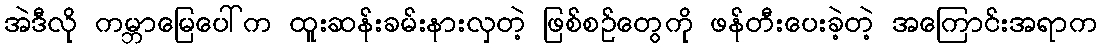
အဲဒီလို ကမ္ဘာမြေပေါ်က ထူးဆန်းခမ်းနားလှတဲ့ ဖြစ်စဉ်တွေကို ဖန်တီးပေးခဲ့တဲ့ အကြောင်းအရာက